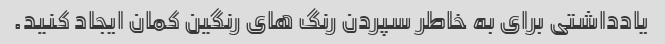
یادداشتی برای به خاطر سپردن رنگ های رنگین کمان ایجاد کنید.